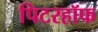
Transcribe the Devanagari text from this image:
पिटरहॉफ